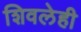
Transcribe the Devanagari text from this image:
शिवलेही